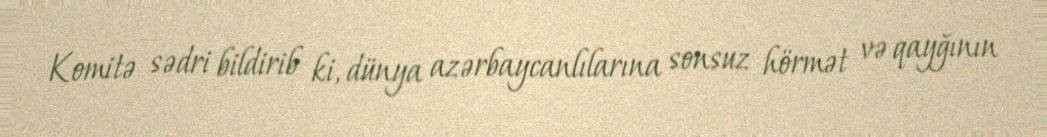
Komitə sədri bildirib ki, dünya azərbaycanlılarına sonsuz hörmət və qayğının